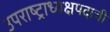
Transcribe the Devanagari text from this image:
उपराष्ट्राध्यक्षपदाची